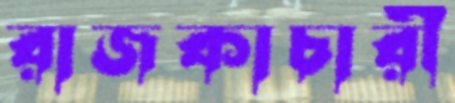
রাজকাচারী